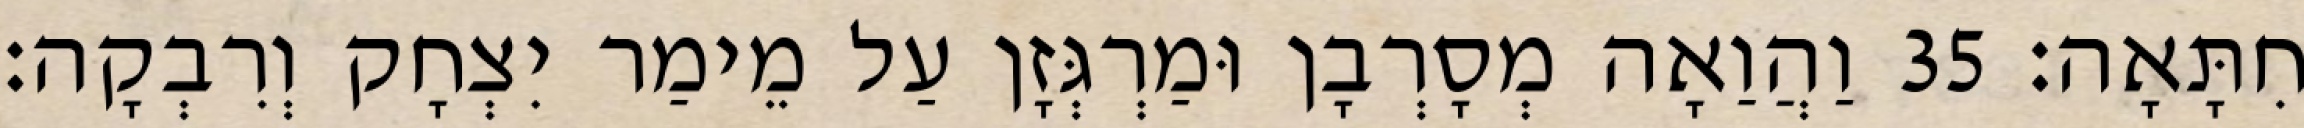
חִתָּאָה׃ 35 וַהֲוַאָה מְסָרְבָן וּמַרְגְּזָן עַל מֵימַר יִצְחָק וְרִבְקָה׃